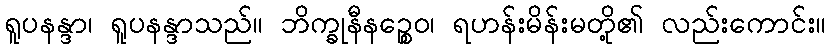
ရူပနန္ဒာ၊ ရူပနန္ဒာသည်။ ဘိက္ခုနီနဉ္စေဝ၊ ရဟန်းမိန်းမတို့၏ လည်းကောင်း။